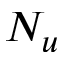
N _ { u }